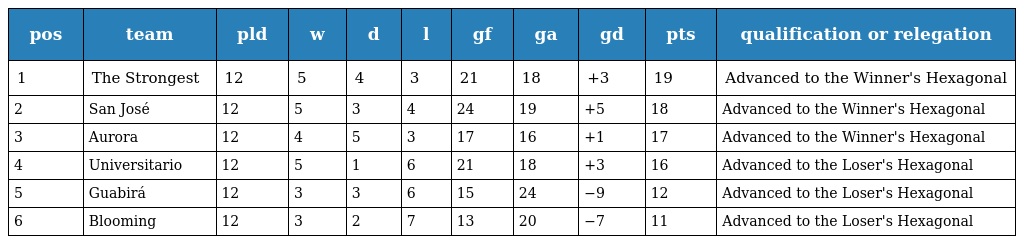
| pos | team | pld | w | d | l | gf | ga | gd | pts | qualification or relegation |
 | --- | --- | --- | --- | --- | --- | --- | --- | --- | --- | --- |
 | 1 | The Strongest | 12 | 5 | 4 | 3 | 21 | 18 | +3 | 19 | Advanced to the Winner's Hexagonal |
 | 2 | San José | 12 | 5 | 3 | 4 | 24 | 19 | +5 | 18 | Advanced to the Winner's Hexagonal |
 | 3 | Aurora | 12 | 4 | 5 | 3 | 17 | 16 | +1 | 17 | Advanced to the Winner's Hexagonal |
 | 4 | Universitario | 12 | 5 | 1 | 6 | 21 | 18 | +3 | 16 | Advanced to the Loser's Hexagonal |
 | 5 | Guabirá | 12 | 3 | 3 | 6 | 15 | 24 | −9 | 12 | Advanced to the Loser's Hexagonal |
 | 6 | Blooming | 12 | 3 | 2 | 7 | 13 | 20 | −7 | 11 | Advanced to the Loser's Hexagonal |